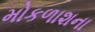
મોકળાશના